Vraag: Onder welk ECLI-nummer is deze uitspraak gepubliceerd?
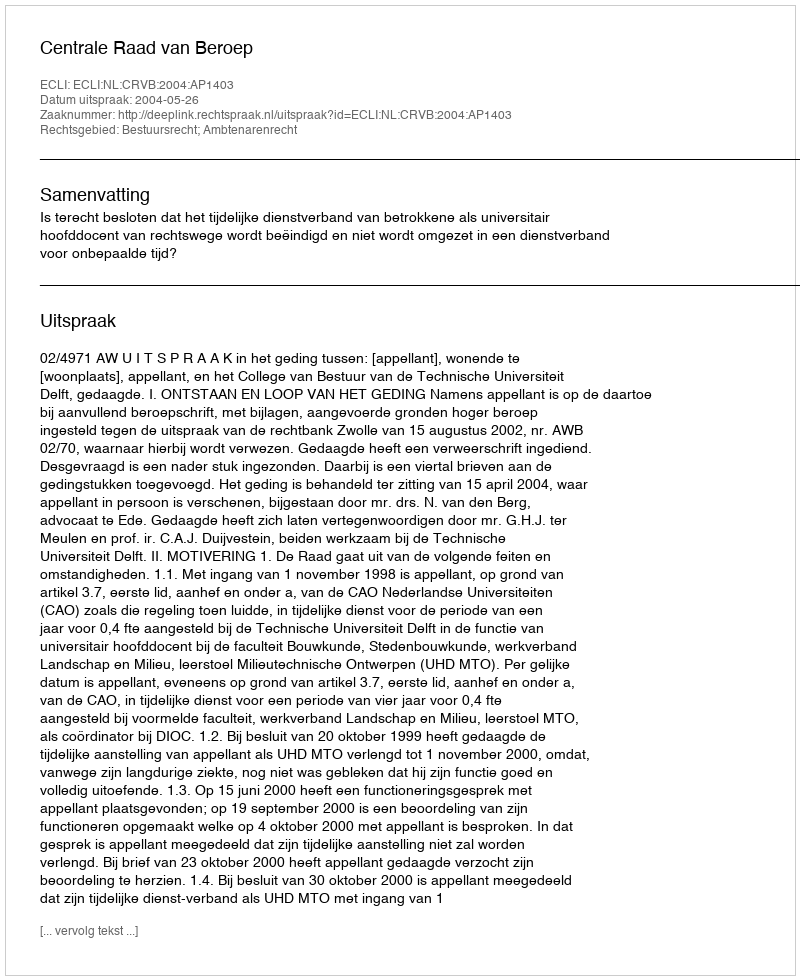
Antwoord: ECLI:NL:CRVB:2004:AP1403